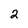
Character: 2